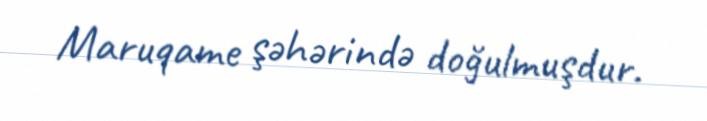
Maruqame şəhərində doğulmuşdur.